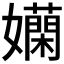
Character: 𡤄